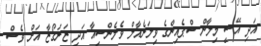
އަދި އޭސީ މިލާން ސްޕެއިންގެ ވިލަރެއާލް ވެލެންސިއާ އަދި ޒަރަގޯޒާ އަށް ވެސް